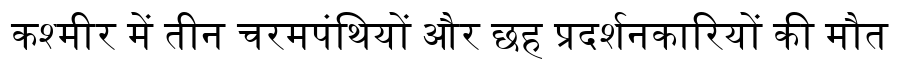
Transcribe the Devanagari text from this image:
कश्मीर में तीन चरमपंथियों और छह प्रदर्शनकारियों की मौत